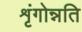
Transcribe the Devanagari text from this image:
शृंगोन्नति